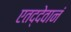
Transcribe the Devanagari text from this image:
एतद्देवानं